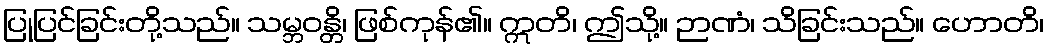
ပြုပြင်ခြင်းတို့သည်။ သမ္ဘဝန္တိ၊ ဖြစ်ကုန်၏။ ဣတိ၊ ဤသို့။ ဉာဏံ၊ သိခြင်းသည်။ ဟောတိ၊